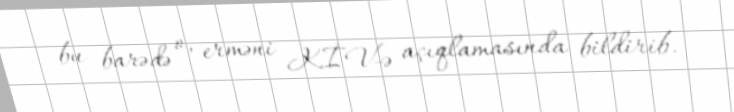
bu barədə o, erməni KİV-ə açıqlamasında bildirib.